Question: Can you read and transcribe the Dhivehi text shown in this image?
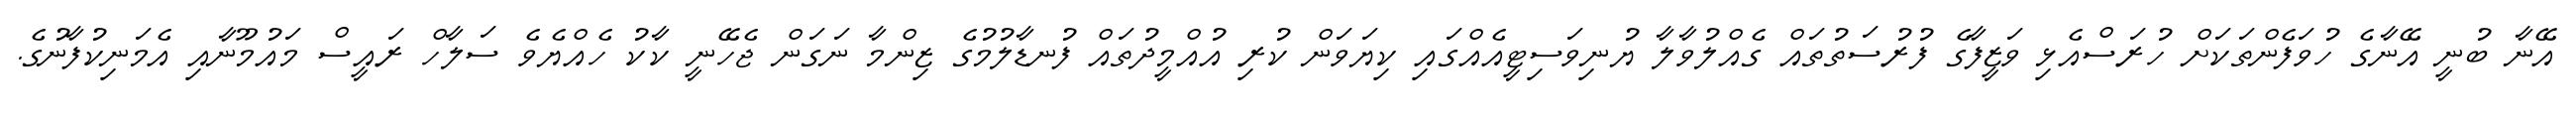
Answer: އޭނާ ބުނީ އޭނާގެ ހުވަފެންތަކަށް ހުރަސްއެޅި ވަޒީފާގެ ފުރުސަތުތައް ގެއްލުވާލާ ޔުނިވަސިޓީއެއްގައި ކިޔަވަން ކުރި އުއްމީދުތައް ފުނޑާލުމުގެ ޒިންމާ ނަގަން ޖެހޭނީ ކާކު ހެއްޔެވެ ސަލާހް ރައީސް މައުމޫނާއި އެމަނިކުފާނުގެ.